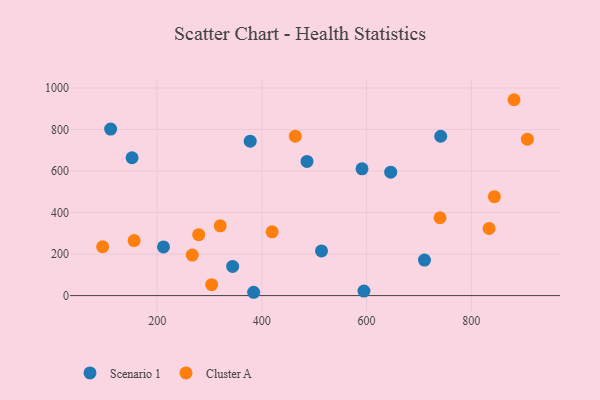
{"axis": {"x": "Speed", "y": "Fuel Efficiency"}, "legend": ["Cluster A", "Scenario 1"], "data": [{"x": "513.9", "y": 215.3, "type": "Scenario 1"}, {"x": "212.1", "y": 234.5, "type": "Scenario 1"}, {"x": "111.2", "y": 802.2, "type": "Scenario 1"}, {"x": "594.9", "y": 21.9, "type": "Scenario 1"}, {"x": "384.3", "y": 15.9, "type": "Scenario 1"}, {"x": "377.7", "y": 743.9, "type": "Scenario 1"}, {"x": "646.0", "y": 594.3, "type": "Scenario 1"}, {"x": "344.2", "y": 140.6, "type": "Scenario 1"}, {"x": "486.2", "y": 646.2, "type": "Scenario 1"}, {"x": "710.5", "y": 171.1, "type": "Scenario 1"}, {"x": "591.2", "y": 610.6, "type": "Scenario 1"}, {"x": "741.5", "y": 767.4, "type": "Scenario 1"}, {"x": "152.1", "y": 664.0, "type": "Scenario 1"}, {"x": "833.9", "y": 323.1, "type": "Cluster A"}, {"x": "320.4", "y": 336.1, "type": "Cluster A"}, {"x": "95.9", "y": 235.2, "type": "Cluster A"}, {"x": "279.4", "y": 293.4, "type": "Cluster A"}, {"x": "907.0", "y": 753.6, "type": "Cluster A"}, {"x": "156.0", "y": 264.7, "type": "Cluster A"}, {"x": "844.0", "y": 476.5, "type": "Cluster A"}, {"x": "740.2", "y": 374.8, "type": "Cluster A"}, {"x": "463.8", "y": 767.7, "type": "Cluster A"}, {"x": "304.1", "y": 52.6, "type": "Cluster A"}, {"x": "881.5", "y": 943.4, "type": "Cluster A"}, {"x": "419.6", "y": 306.9, "type": "Cluster A"}, {"x": "267.1", "y": 195.2, "type": "Cluster A"}]}